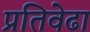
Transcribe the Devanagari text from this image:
प्रतिवेढा